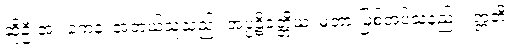
ဆိုဦးအံ့။ ကေန၊ အဘယ်သူသည်။ အပ္ပဋိဝတ္တိယံ၊ မတားမြစ်အပ်သနည်း။ ဣတိ